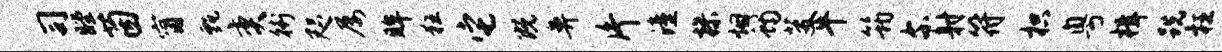
司瞠茵甯甄奕街咫屡眸狂它既鼻片潼操烟蝎芟牛筠尔射符枳粤楫跣枉